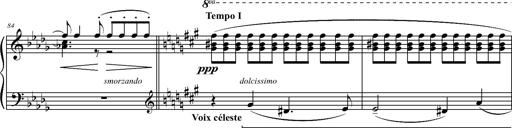
Title: 2 LÃ©gendes
Composer: Franz Liszt